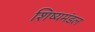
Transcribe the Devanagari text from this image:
शिष्यमंडल